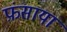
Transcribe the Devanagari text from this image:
फ़ंसाया